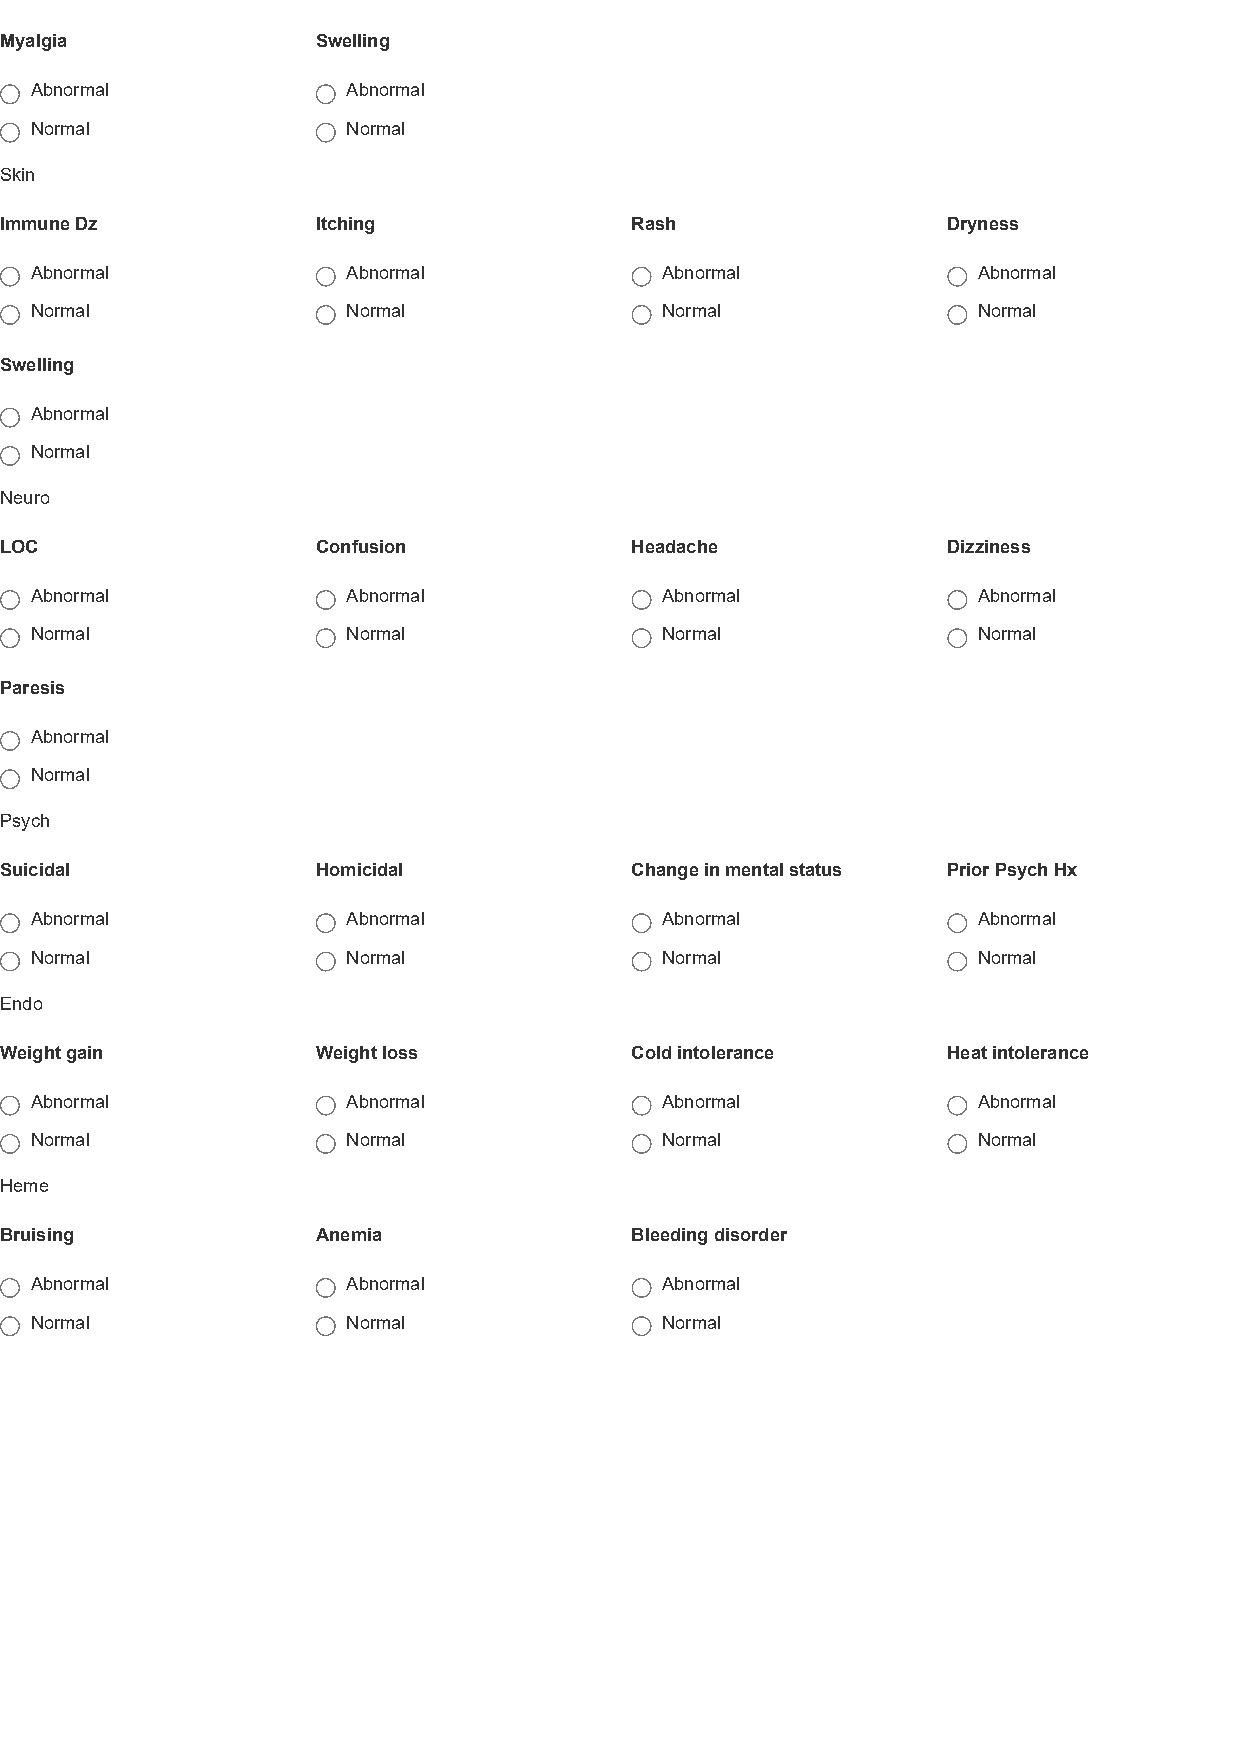
Myalgia              Swelling
 Abnormal             Abnormal
 Normal               Normal
 Skin
 Immune Dz            Itching              Rash                 Dryness
 Abnormal             Abnormal             Abnormal             Abnormal
 Normal               Normal               Normal               Normal
 Swelling
 Abnormal
 Normal
 Neuro
 LOC                  Confusion            Headache             Dizziness
 Abnormal             Abnormal             Abnormal             Abnormal
 Normal               Normal               Normal               Normal
 Paresis
 Abnormal
 Normal
 Psych
 Suicidal             Homicidal            Change in mental status Prior Psych Hx
 Abnormal             Abnormal             Abnormal             Abnormal
 Normal               Normal               Normal               Normal
 Endo
 Weight gain          Weight loss          Cold intolerance     Heat intolerance
 Abnormal             Abnormal             Abnormal             Abnormal
 Normal               Normal               Normal               Normal
 Heme
 Bruising             Anemia               Bleeding disorder
 Abnormal             Abnormal             Abnormal
 Normal               Normal               Normal